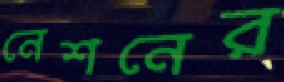
নেশনের